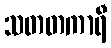
သတတကာရီ